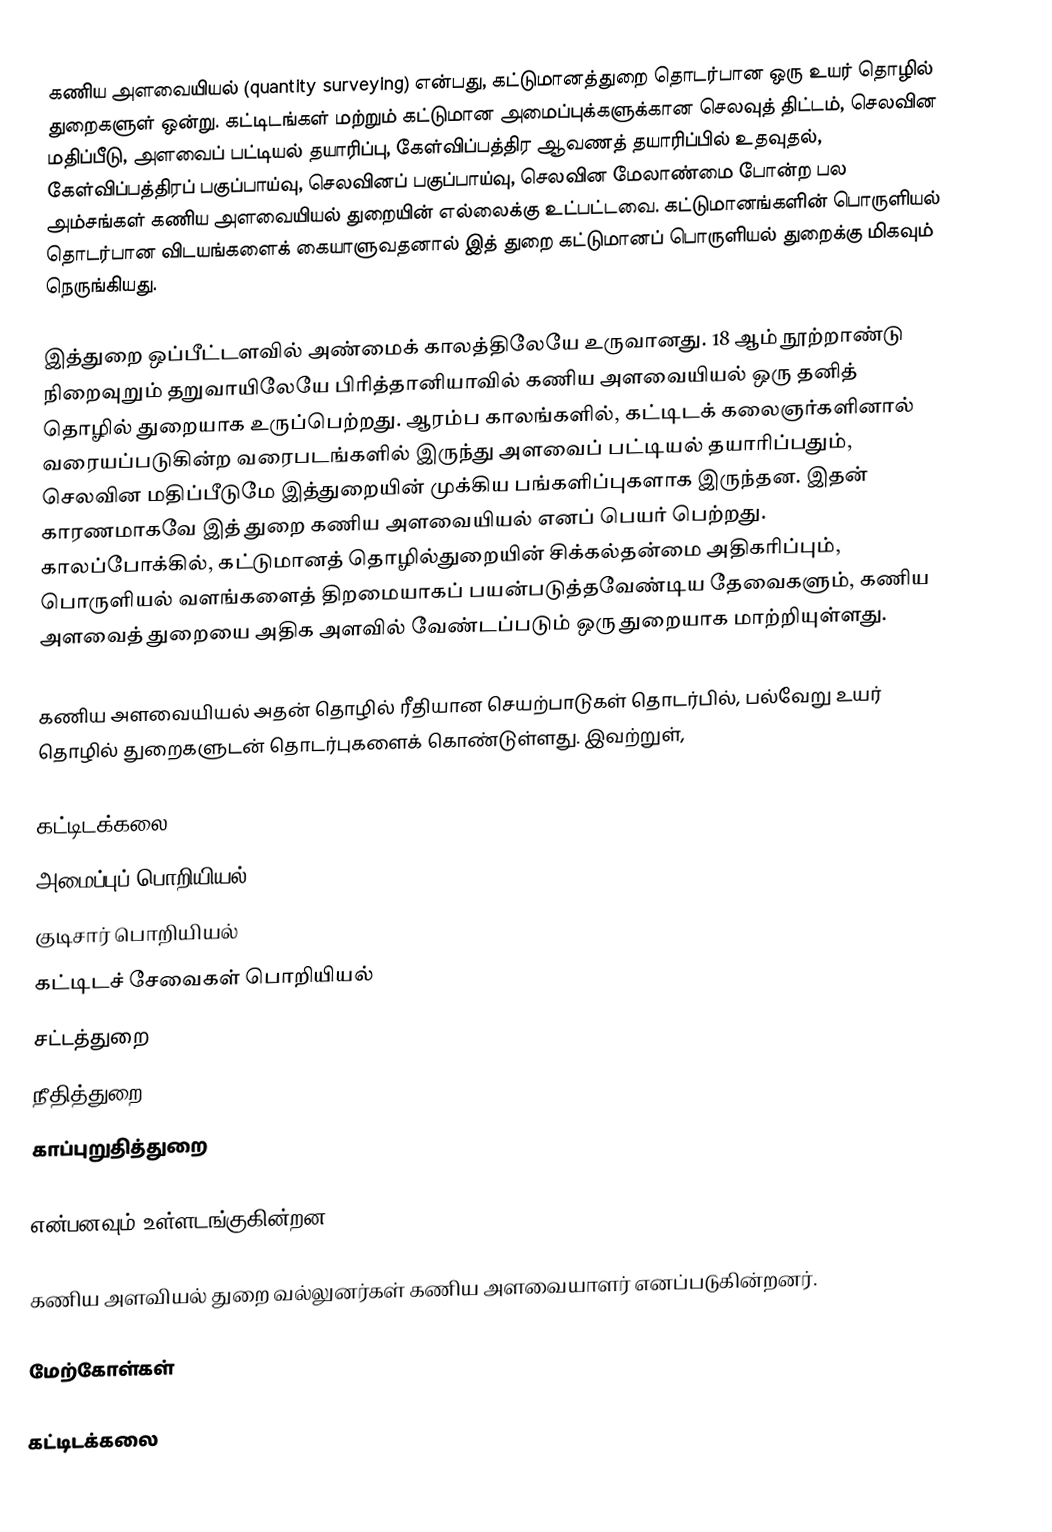
கணிய அளவையியல் (quantity surveying) என்பது, கட்டுமானத்துறை தொடர்பான ஒரு உயர் தொழில் துறைகளுள் ஒன்று. கட்டிடங்கள் மற்றும் கட்டுமான அமைப்புக்களுக்கான செலவுத் திட்டம், செலவின மதிப்பீடு, அளவைப் பட்டியல் தயாரிப்பு, கேள்விப்பத்திர ஆவணத் தயாரிப்பில் உதவுதல், கேள்விப்பத்திரப் பகுப்பாய்வு, செலவினப் பகுப்பாய்வு, செலவின மேலாண்மை போன்ற பல அம்சங்கள் கணிய அளவையியல் துறையின் எல்லைக்கு உட்பட்டவை. கட்டுமானங்களின் பொருளியல் தொடர்பான விடயங்களைக் கையாளுவதனால் இத் துறை கட்டுமானப் பொருளியல் துறைக்கு மிகவும் நெருங்கியது.

இத்துறை ஒப்பீட்டளவில் அண்மைக் காலத்திலேயே உருவானது. 18 ஆம் நூற்றாண்டு நிறைவுறும் தறுவாயிலேயே பிரித்தானியாவில் கணிய அளவையியல் ஒரு தனித் தொழில் துறையாக உருப்பெற்றது. ஆரம்ப காலங்களில், கட்டிடக் கலைஞர்களினால் வரையப்படுகின்ற வரைபடங்களில் இருந்து அளவைப் பட்டியல் தயாரிப்பதும், செலவின மதிப்பீடுமே இத்துறையின் முக்கிய பங்களிப்புகளாக இருந்தன. இதன் காரணமாகவே இத் துறை கணிய அளவையியல் எனப் பெயர் பெற்றது. காலப்போக்கில், கட்டுமானத் தொழில்துறையின் சிக்கல்தன்மை அதிகரிப்பும், பொருளியல் வளங்களைத் திறமையாகப் பயன்படுத்தவேண்டிய தேவைகளும், கணிய அளவைத் துறையை அதிக அளவில் வேண்டப்படும் ஒரு துறையாக மாற்றியுள்ளது.

கணிய அளவையியல் அதன் தொழில் ரீதியான செயற்பாடுகள் தொடர்பில், பல்வேறு உயர் தொழில் துறைகளுடன் தொடர்புகளைக் கொண்டுள்ளது. இவற்றுள்,

 கட்டிடக்கலை
 அமைப்புப் பொறியியல்
 குடிசார் பொறியியல்
 கட்டிடச் சேவைகள் பொறியியல்
 சட்டத்துறை
 நீதித்துறை
 காப்புறுதித்துறை

என்பனவும் உள்ளடங்குகின்றன.

கணிய அளவியல் துறை வல்லுனர்கள் கணிய அளவையாளர் எனப்படுகின்றனர்.

மேற்கோள்கள்

கட்டிடக்கலை